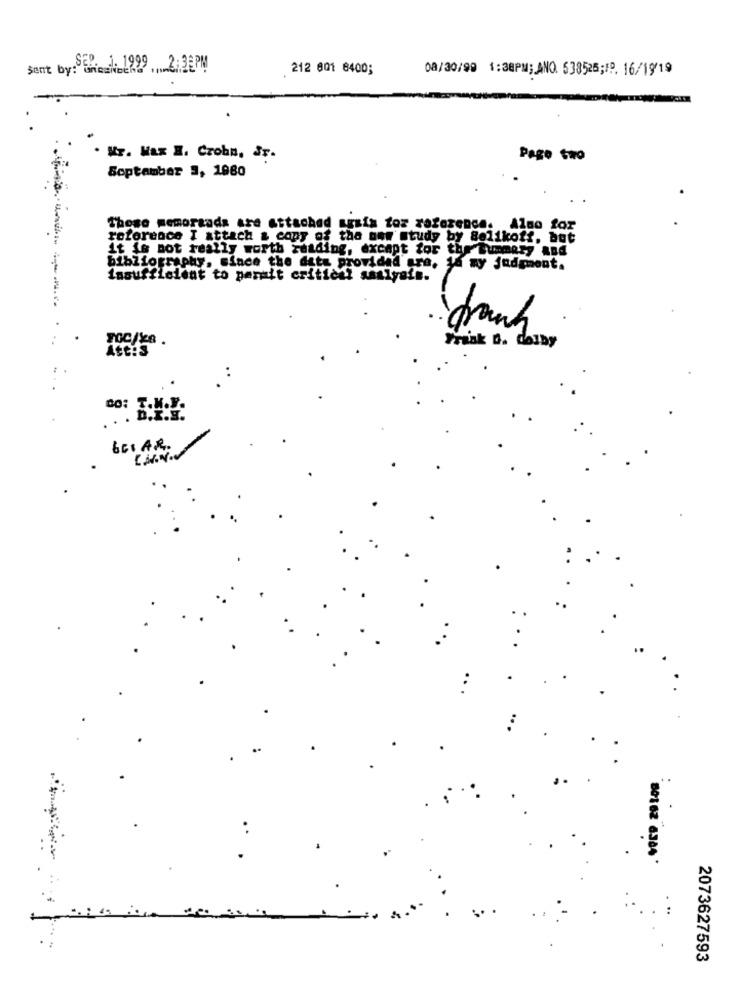
Sent by: Enie / 1299 ..... 2: 38PM
212 801 8400;
08/30/90 1:38PM; ANO. 538525; P. 16/19/19
Mr. Max H. Crohn, Jr.
Pago Swo
September 3, 1980
These memoraads are attached agais toz reference. Also for
reference I attach & copy of the new study by 8elikoff, but
it is not really worth reading, except for the Summary And
bibliography, since the data provided are, 16 my jademont.
asufflelent to permit critical saalyain.
drank
..
TOC/26 .
Frisk . dolby
Att:S
DO:
D.I.S
..
.
:
.
80162 6384
2073627593